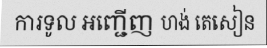
ការទូល អញ្ជើញ ហង់ តេសៀន